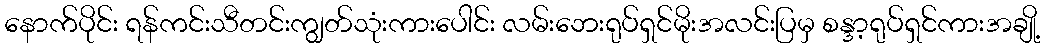
နောက်ပိုင်း ရန်ကင်းသီတင်းကျွတ်သုံးကားပေါင်း လမ်းဘေးရုပ်ရှင်မိုးအလင်းပြမှ စန္ဒာ့ရုပ်ရှင်ကားအချို့